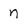
Character: n